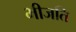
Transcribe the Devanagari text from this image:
भीजति